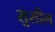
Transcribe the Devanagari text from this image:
सुसील